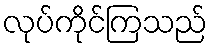
လုပ်ကိုင်ကြသည်